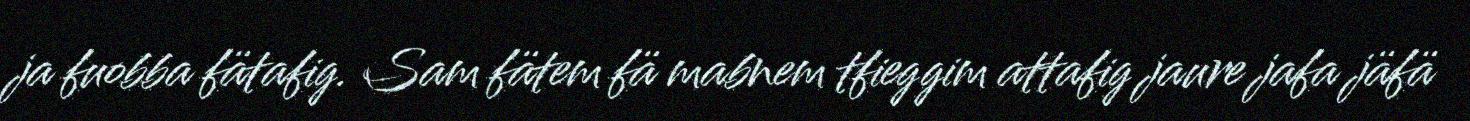
ja fuobba fätafig. Sam fätem fä mabnem tfieggim attafig jaure jafa jäfä